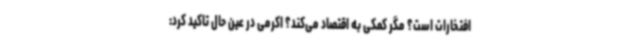
افتخارات است؟ مگر کمکی به اقتصاد می‌کند؟ اکرمی در عین حال تاکید کرد: